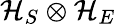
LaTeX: \mathcal{H}_{S}\otimes\mathcal{H}_{E}